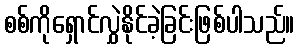
စစ်ကိုရှောင်လွှဲနိုင်ခဲ့ခြင်းဖြစ်ပါသည်။